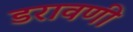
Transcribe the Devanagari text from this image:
डरावणी